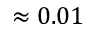
\approx 0 . 0 1